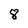
Character: 8